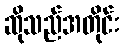
ဆိုသည်အတိုင်း